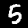
Label: 5